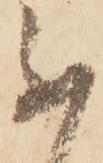
不